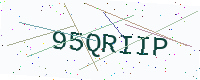
Text: 95QRIIP